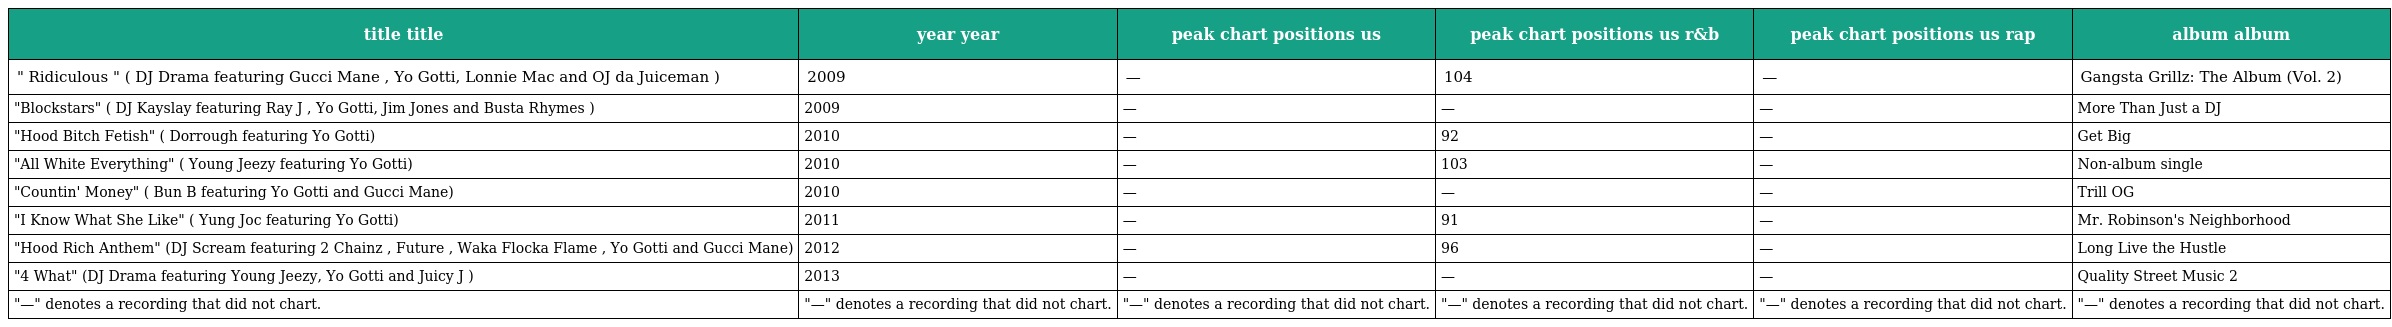
| title title | year year | peak chart positions us | peak chart positions us r&b | peak chart positions us rap | album album |
 | --- | --- | --- | --- | --- | --- |
 | " Ridiculous " ( DJ Drama featuring Gucci Mane , Yo Gotti, Lonnie Mac and OJ da Juiceman ) | 2009 | — | 104 | — | Gangsta Grillz: The Album (Vol. 2) |
 | "Blockstars" ( DJ Kayslay featuring Ray J , Yo Gotti, Jim Jones and Busta Rhymes ) | 2009 | — | — | — | More Than Just a DJ |
 | "Hood Bitch Fetish" ( Dorrough featuring Yo Gotti) | 2010 | — | 92 | — | Get Big |
 | "All White Everything" ( Young Jeezy featuring Yo Gotti) | 2010 | — | 103 | — | Non-album single |
 | "Countin' Money" ( Bun B featuring Yo Gotti and Gucci Mane) | 2010 | — | — | — | Trill OG |
 | "I Know What She Like" ( Yung Joc featuring Yo Gotti) | 2011 | — | 91 | — | Mr. Robinson's Neighborhood |
 | "Hood Rich Anthem" (DJ Scream featuring 2 Chainz , Future , Waka Flocka Flame , Yo Gotti and Gucci Mane) | 2012 | — | 96 | — | Long Live the Hustle |
 | "4 What" (DJ Drama featuring Young Jeezy, Yo Gotti and Juicy J ) | 2013 | — | — | — | Quality Street Music 2 |
 | "—" denotes a recording that did not chart. | "—" denotes a recording that did not chart. | "—" denotes a recording that did not chart. | "—" denotes a recording that did not chart. | "—" denotes a recording that did not chart. | "—" denotes a recording that did not chart. |